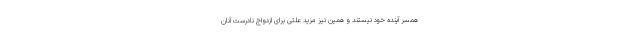
همسر آینده خود نیستند و همین نیز مزید علتی برای ازدواج نادرست آنان